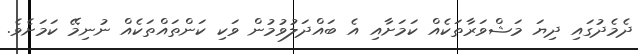
ދެމެދުގައި ދިޔަ މަޝްވަރާތަކެއް ކަމަށާއި އެ ބައްދަލުވުމުން ވަކި ކަންތައްތަކެއް ނުނިމޭ ކަމަށެވެ.